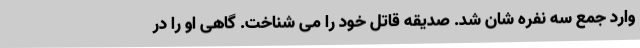
وارد جمع سه نفره شان شد. صدیقه قاتل خود را می شناخت. گاهی او را در